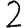
Digit: 2